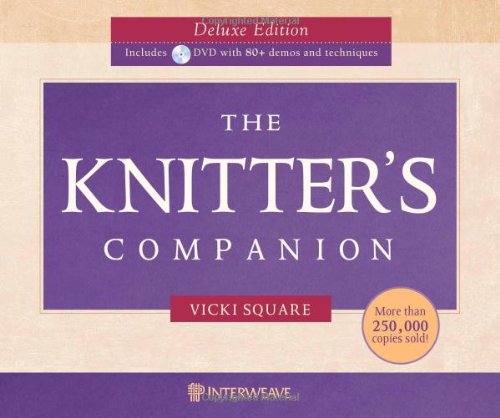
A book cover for The Knitter's Companion Deluxe Edition w/DVD; Vicki Square; Crafts, Hobbies & Home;